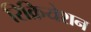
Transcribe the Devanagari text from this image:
रिक्रियेशन